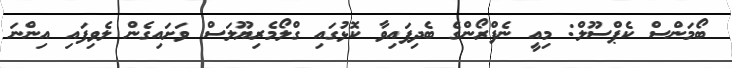
ބޯމަންސް ކެޕްސޫލް: މިއީ ނެފްރޯންގެ ބެދިފައިވާ ކޮޅުގައި ގްލޯމެރިޔޫލަސް ވަށައިގެން ލެވިފައި އިންނަ